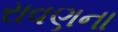
રાવણના